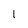
Character: l